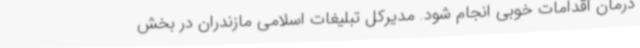
درمان اقدامات خوبی انجام شود. مدیرکل تبلیغات اسلامی مازندران در بخش